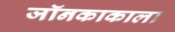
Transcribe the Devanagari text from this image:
जॉनकाकाला